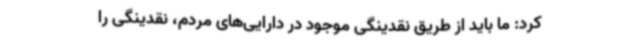
کرد: ما باید از طریق نقدینگی موجود در دارایی‌های مردم، نقدینگی را